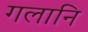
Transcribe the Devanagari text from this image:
गलानि